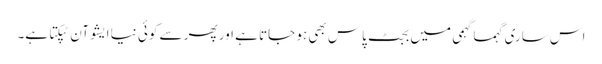
اس ساری گہما گہمی میں بجٹ پاس بھی ہو جاتا ہے اور پھر سے کوئی نیا ایشو آن ٹپکتا ہے۔